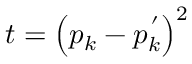
t = \left( p _ { k } - p _ { k } ^ { \, ^ { \prime } } \right) ^ { 2 }